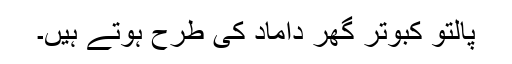
پالتو کبوتر گھر داماد کی طرح ہوتے ہیں۔